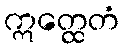
ဣတ္ထေတံ